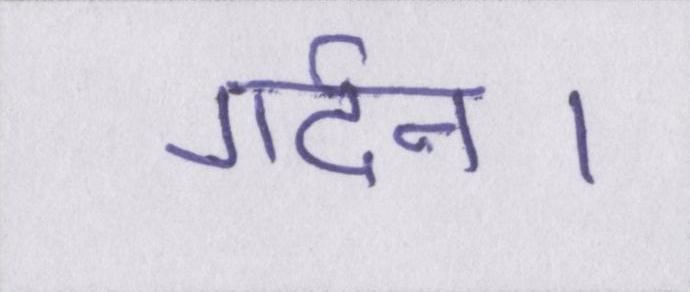
गर्दन।